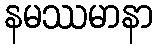
နမဿမာနာ